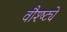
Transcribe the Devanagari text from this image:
वौश्ष्ट्ये